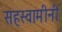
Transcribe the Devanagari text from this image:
सहस्वामीनी